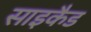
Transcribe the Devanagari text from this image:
साइकैड